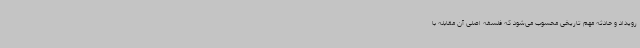
رویداد و حادثه مهم تاریخی محسوب می‌شود که فلسفه اصلی آن مقابله با